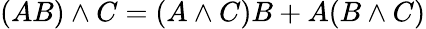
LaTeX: (AB)\wedge C=(A\wedge C)B+A(B\wedge C)